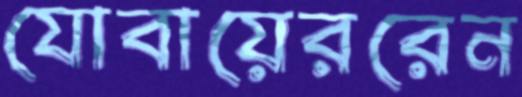
যোবায়েররেন